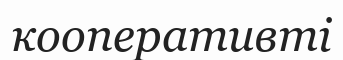
кооперативті